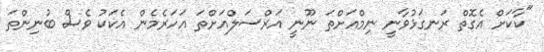
"ކާކަށް އެގޮތް ރަނގަޅުވާނީ ނިމްއަށްތަ ނޫނީ އަރްސަލްއަށްތަ އަހަރެމެން އެކަކު ވެސް ބުނިންތަ